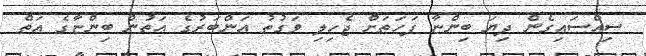
ސިއްސައިގެން ދިޔަ ބިންޏާ ފަހަތަށް ޖެހިލި ވަގުތު އަންބަރުގެ އަތުން ބިންޏާގެ އަތް